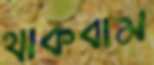
থাকবাম